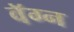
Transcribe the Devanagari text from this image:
वॅग्न